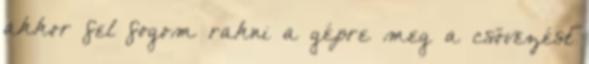
akkor fel fogom rakni a gépre meg a csövezést